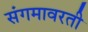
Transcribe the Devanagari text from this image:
संगमावरती